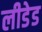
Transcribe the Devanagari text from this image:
लीडेड